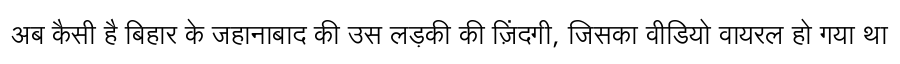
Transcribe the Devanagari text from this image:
अब कैसी है बिहार के जहानाबाद की उस लड़की की ज़िंदगी, जिसका वीडियो वायरल हो गया था